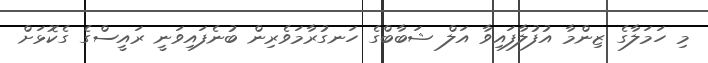
މި ހަމަލާގެ ޒިންމާ އުފުލާފައިވާ އަލް ޝަބާބްގެ ހަނގުރާމަވެރިން ބުނެފައިވަނީ ރައީސްގެ ގެކޮޅަށް